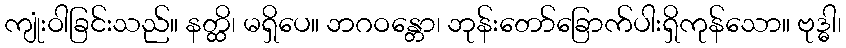
ကျုံးဝါခြင်းသည်။ နတ္ထိ၊ မရှိပေ။ ဘဂဝန္တော၊ ဘုန်းတော်ခြောက်ပါးရှိကုန်သော။ ဗုဒ္ဓါ၊